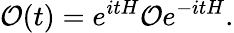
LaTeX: {\mathcal{O}}(t)=e^{itH}{\mathcal{O}}e^{-itH}.